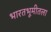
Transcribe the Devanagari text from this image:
भारतभूमीतला